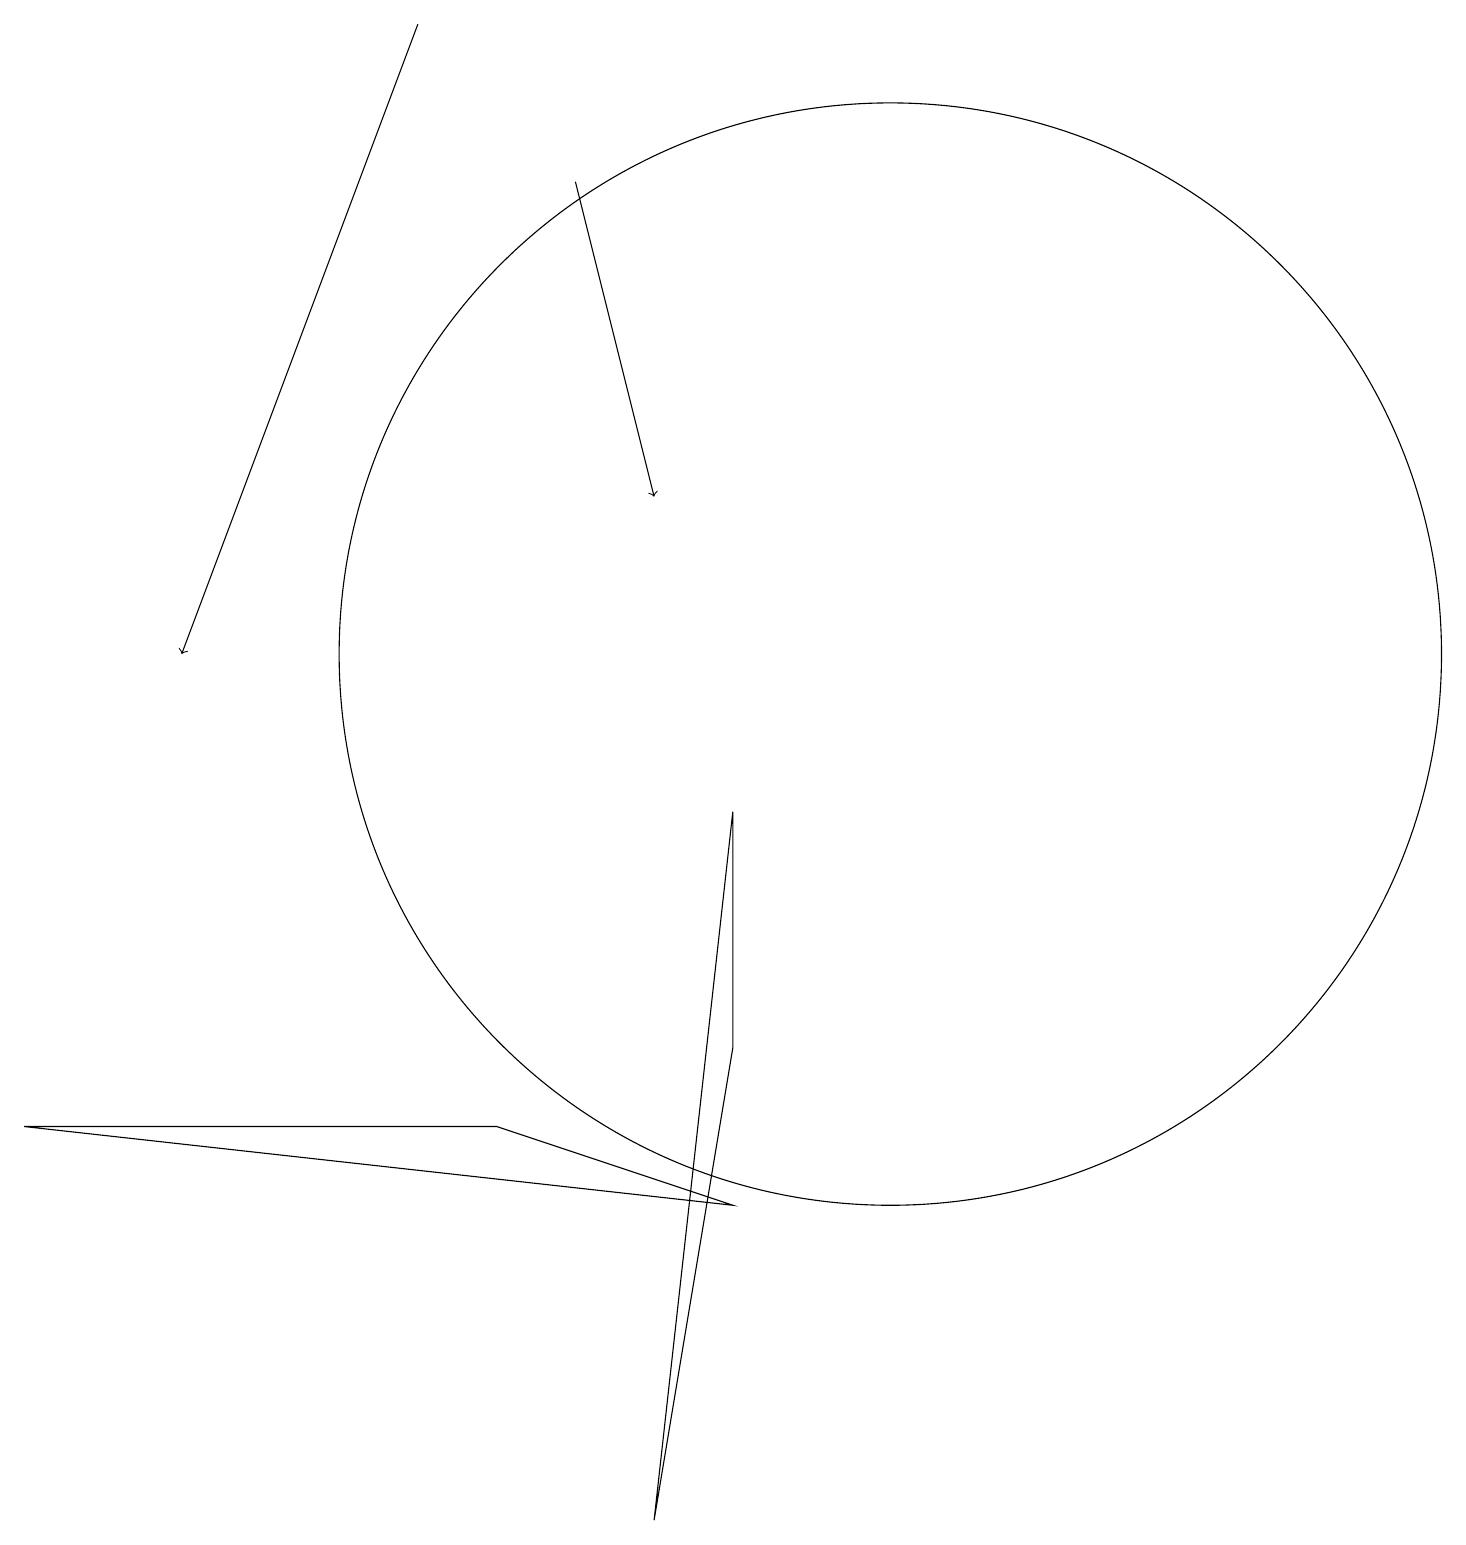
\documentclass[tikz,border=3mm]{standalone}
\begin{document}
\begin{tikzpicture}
\draw (11,11) circle (7);
\draw[->] (7,17) -- (8,13);
\draw (9,6) -- (9,9) -- (8,0) -- cycle;
\draw[->] (5,19) -- (2,11);
\draw (6,5) -- (9,4) -- (0,5) -- cycle;
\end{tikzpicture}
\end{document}